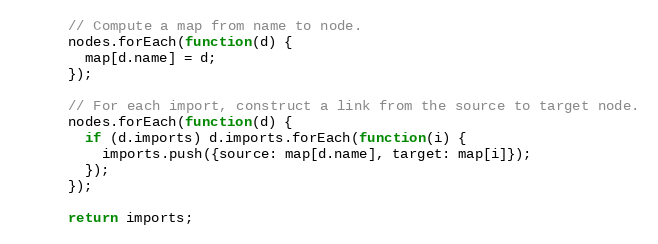
Language: JavaScript
      // Compute a map from name to node.
      nodes.forEach(function(d) {
        map[d.name] = d;
      });

      // For each import, construct a link from the source to target node.
      nodes.forEach(function(d) {
        if (d.imports) d.imports.forEach(function(i) {
          imports.push({source: map[d.name], target: map[i]});
        });
      });

      return imports;